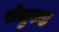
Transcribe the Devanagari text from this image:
सेलुरुह